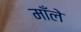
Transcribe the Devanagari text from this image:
माँले